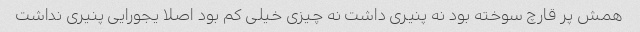
همش پر قارچ سوخته بود نه پنیری داشت نه چیزی خیلی کم بود اصلا یجورایی پنیری نداشت